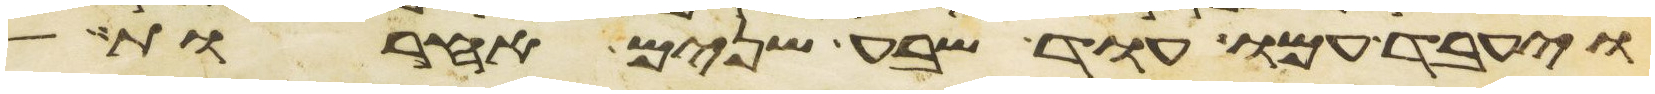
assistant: ויעבד עמו עוד שבע שנים אחרות